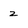
Character: 2